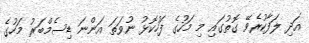
އަދި ލަފާކުރެވޭ ގޮތުގައި މި މަހުގެ ފަހުކޮޅު ނުވަތަ އަންނަ ޑިސެމްބަރު މަހުގެ